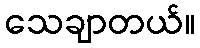
သေချာတယ်။